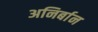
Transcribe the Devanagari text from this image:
अनिर्बान